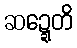
ဆဍ္ဍေတိ